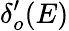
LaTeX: \delta_{o}^{\prime}(E)